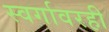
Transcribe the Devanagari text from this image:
स्वर्गावरही